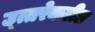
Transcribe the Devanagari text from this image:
उ्त्तरेकडील